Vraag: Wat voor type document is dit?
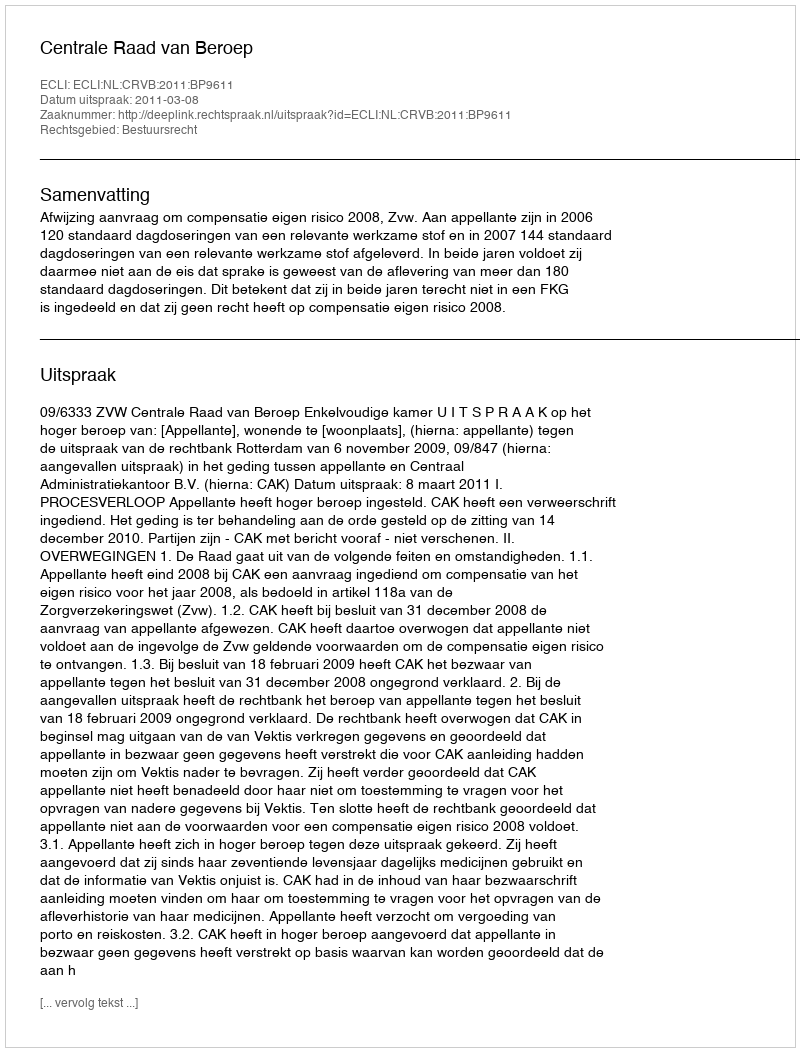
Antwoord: Uitspraak